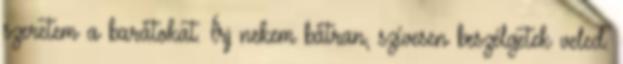
szeretem a barátokat. Írj nekem bátran, szívesen beszélgetek veled.